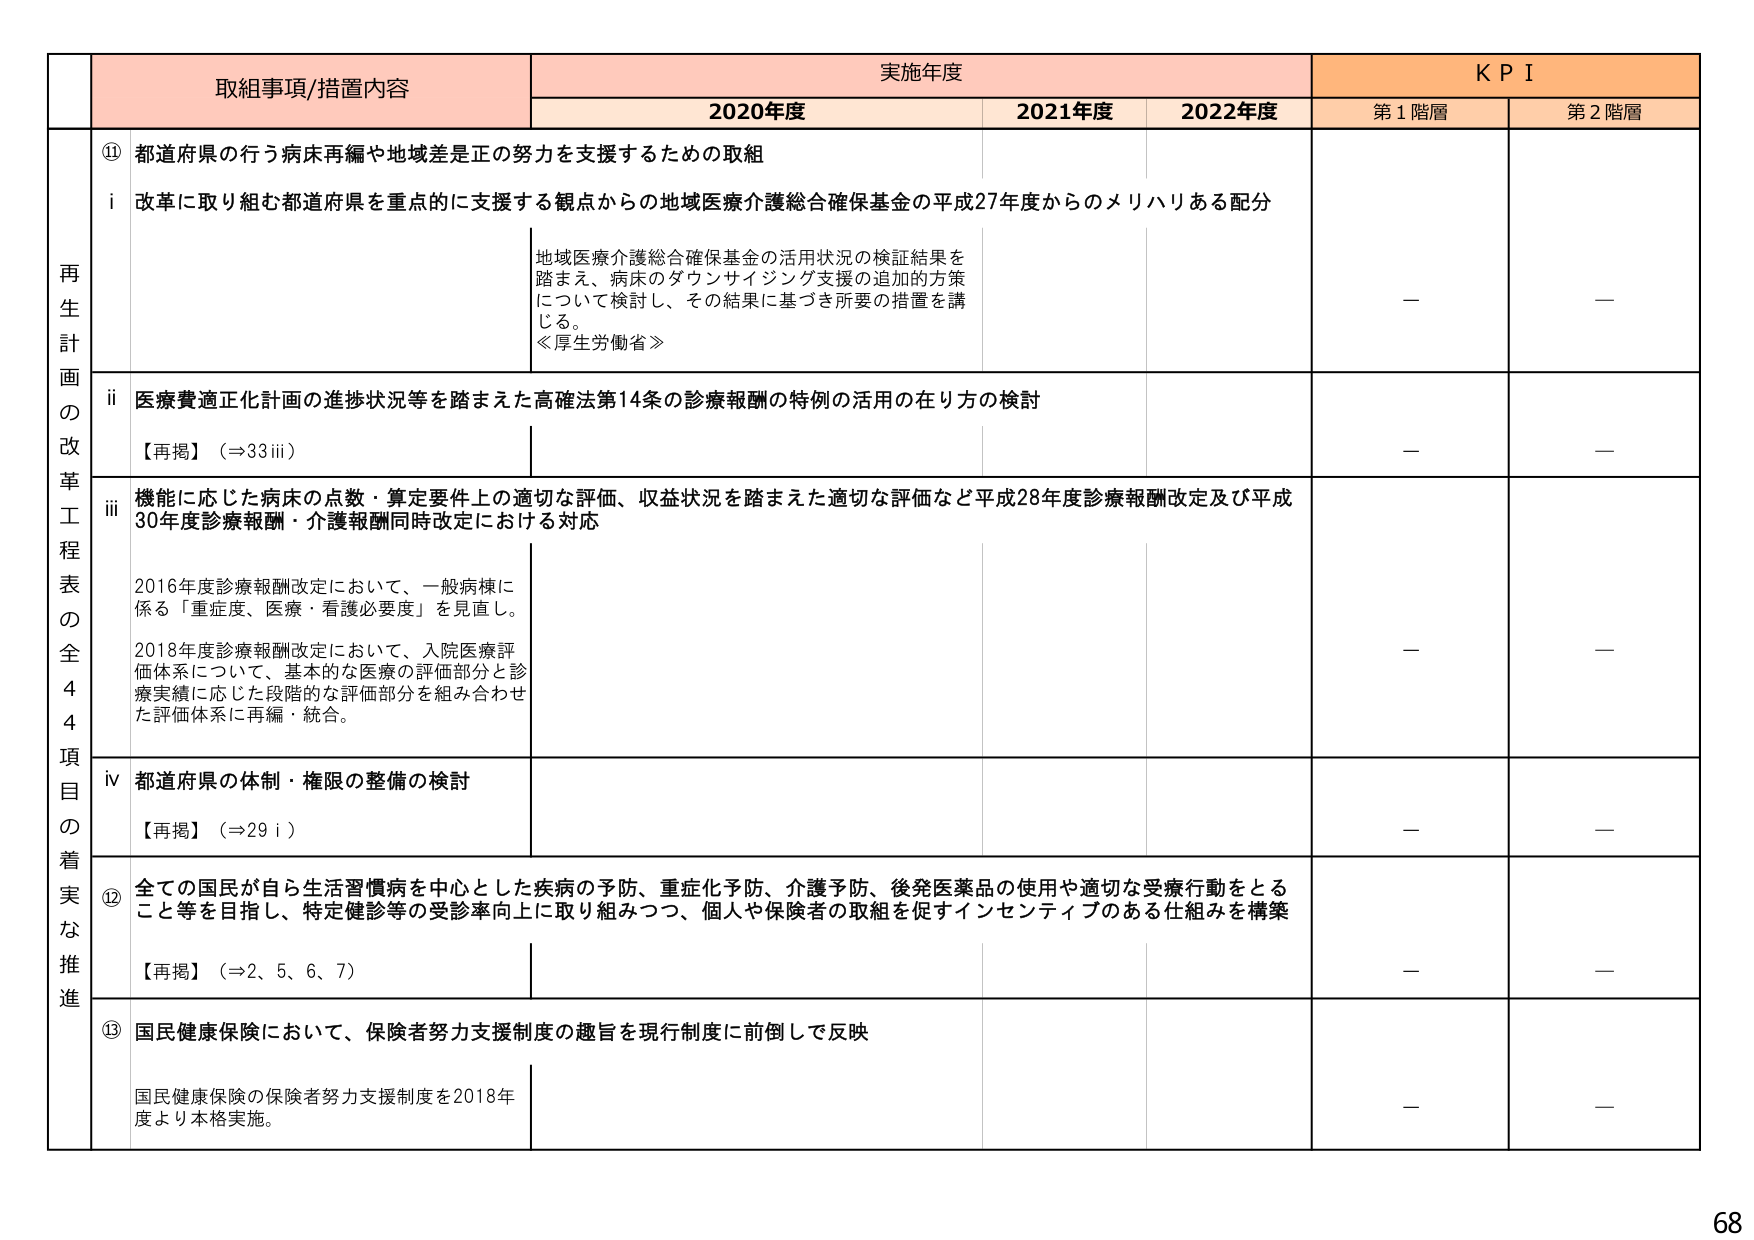
再生計画の改革工程表の全44項目の着実な推進

取組事項/措置内容

実施年度

KPI

2020年度

2021年度

2022年度

第1階層

第2階層

⑪ 都道府県の行う病床再編や地域差是正の努力を支援するための取組

i 改革に取り組む都道府県を重点的に支援する観点からの地域医療介護総合確保基金の平成27年度からのメリハリある配分

地域医療介護総合確保基金の活用状況の検証結果を踏まえ、病床のダウンサイジング支援の追加的方策について検討し、その結果に基づき所要の措置を講じる。
≪厚生労働省≫

—

—

ii 医療費適正化計画の進捗状況等を踏まえた高確法第14条の診療報酬の特例の活用の在り方の検討

【再掲】（⇒33iii）

—

—

iii 機能に応じた病床の点数・算定要件上の適切な評価、収益状況を踏まえた適切な評価など平成28年度診療報酬改定及び平成30年度診療報酬・介護報酬同時改定における対応

2016年度診療報酬改定において、一般病棟に係る「重症度、医療・看護必要度」を見直し。
2018年度診療報酬改定において、入院医療評価体系について、基本的な医療の評価部分と診療実績に応じた段階的な評価部分を組み合わせた評価体系に再編・統合。

—

—

iv 都道府県の体制・権限の整備の検討

【再掲】（⇒29i）

—

—

⑫ 全ての国民が自ら生活習慣病を中心とした疾病の予防、重症化予防、介護予防、後発医薬品の使用や適切な受療行動をとること等を目指し、特定健診等の受診率向上に取り組みつつ、個人や保険者の取組を促すインセンティブのある仕組みを構築

【再掲】（⇒2、5、6、7）

—

—

⑬ 国民健康保険において、保険者努力支援制度の趣旨を現行制度に前倒しで反映

国民健康保険の保険者努力支援制度を2018年度より本格実施。

—

—

68